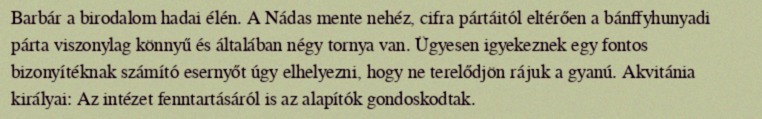
Barbár a birodalom hadai élén. A Nádas mente nehéz, cifra pártáitól eltérően a bánffyhunyadi párta viszonylag könnyű és általában négy tornya van. Ügyesen igyekeznek egy fontos bizonyítéknak számító esernyőt úgy elhelyezni, hogy ne terelődjön rájuk a gyanú. Akvitánia királyai: Az intézet fenntartásáról is az alapítók gondoskodtak.